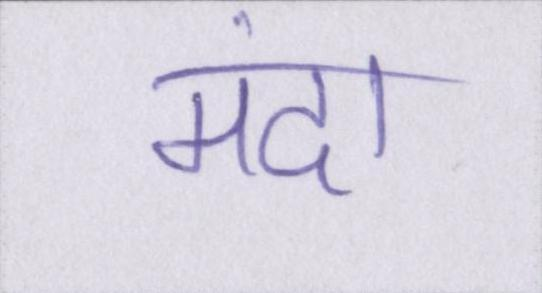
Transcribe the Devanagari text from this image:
मंदा